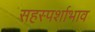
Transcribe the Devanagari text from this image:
सहस्पर्शाभाव